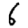
Digit: 6